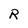
Character: R